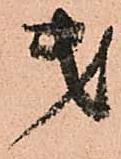
第